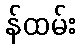
န်ထမ်း